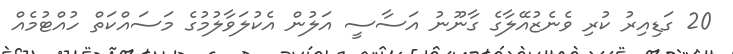
20 ގަޑިއިރު ކުރި ވެނެޒުއޭލާގެ ގާނޫނު އަސާސީ އަލުން އެކުލަވާލުމުގެ މަސައްކަތް ހުއްޓުމެއް